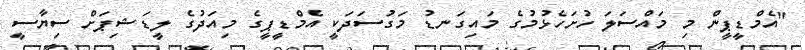
"އެމްޑީޕީން މި މައްސަލަ ހުށަހެޅުމުގެ މައިގަނޑު މަގުސަދަކީ އެމްޑީޕީގެ މިއަދުގެ ލީޑަޝިޕަށް ސިޔާސީ